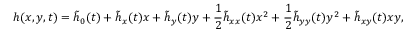
{ h } ( x , y , t ) = \tilde { h } _ { 0 } ( t ) + \tilde { h } _ { x } ( t ) x + \tilde { h } _ { y } ( t ) y + \frac { 1 } { 2 } \tilde { h } _ { x x } ( t ) x ^ { 2 } + \frac { 1 } { 2 } \tilde { h } _ { y y } ( t ) y ^ { 2 } + \tilde { h } _ { x y } ( t ) x y ,